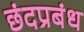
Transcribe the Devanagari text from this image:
छंदप्रबंध